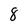
Character: 8